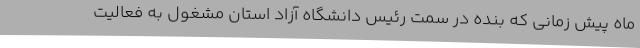
ماه پیش زمانی که بنده در سمت رئیس دانشگاه آزاد استان مشغول به فعالیت